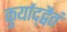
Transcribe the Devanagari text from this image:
कुर्याद्द्वैतं